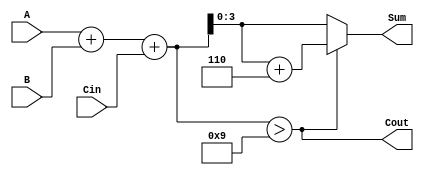
module BCD_Ripple_Carry_Adder (
    input [3:0] A,      // First BCD digit
    input [3:0] B,      // Second BCD digit
    input Cin,          // Carry input
    output [3:0] Sum,   // BCD result
    output Cout         // Carry output
);

    wire [4:0] temp_sum; // To hold the 5-bit sum of A, B, and Cin
    wire correction;      // To indicate if correction is needed
    wire [3:0] corrected_sum; // Corrected BCD sum

    // Full adder for BCD addition
    assign temp_sum = A + B + Cin; // Perform the initial addition

    // Check if correction is needed (if the sum is greater than 9)
    assign correction = temp_sum > 9;

    // BCD correction logic
    assign corrected_sum = correction ? (temp_sum + 6) : temp_sum[3:0];
    assign Cout = correction; // Carry out is set if correction is needed
    assign Sum = corrected_sum; // Final BCD output

endmodule